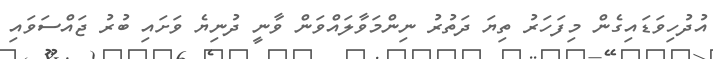
އުދުހިވަޑައިގެން މިފަހަރު ތިޔަ ދަތުރު ނިންމަވާލައްވަން ވާނީ ދުނިޔެ ވަށައި ބުރު ޖައްސަވައި